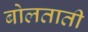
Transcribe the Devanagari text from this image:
बोलताती